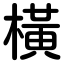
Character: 橫